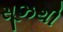
સૂઝથી